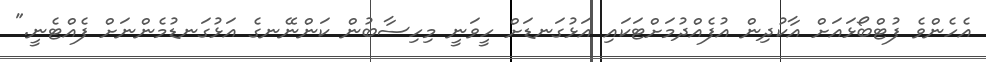
އެހެންވެ ފުޓްބޯޅައަށް އާކުދިން އުފެއްދުމަށްޓަކައި އަޅުގަނޑަށް ހީވަނީ މިހިސާބުން ކަންނޭނގެ އަޅުގަނޑުމެންނަށް ފެއްޓެނީ."